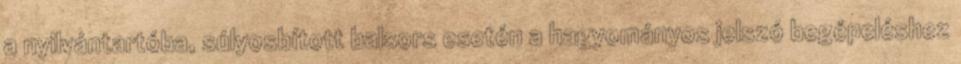
a nyilvántartóba, súlyosbított balsors esetén a hagyományos jelszó begépeléshez